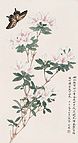
蛱蝶飞来过墙去，却疑春色在邻家。